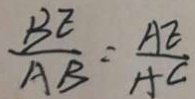
\frac { B E } { A B } = \frac { A E } { A C }